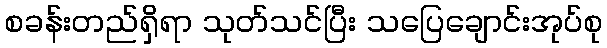
စခန်းတည်ရှိရာ သုတ်သင်ပြီး သပြေချောင်းအုပ်စု